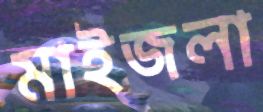
মাইজলা